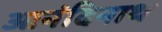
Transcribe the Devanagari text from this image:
आनंदिनाथ